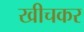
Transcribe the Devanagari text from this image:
खीचकर